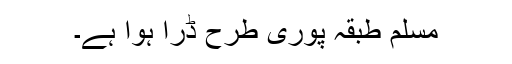
مسلم طبقہ پوری طرح ڈرا ہوا ہے۔